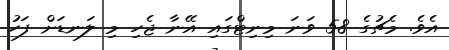
އެވެ. މެޗުގެ 58 ވަނަ މިނިޓްގައި އޭނާ ޖެހި މި ލަނޑަށް ފަހު